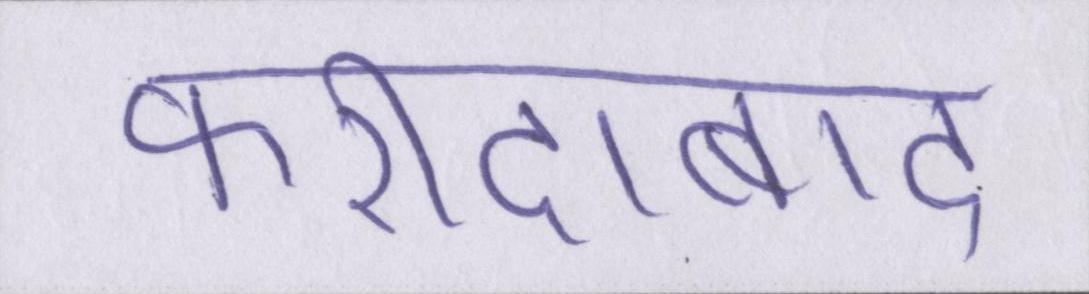
फरीदाबाद